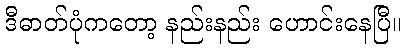
ဒီဓာတ်ပုံကတော့ နည်းနည်း ဟောင်းနေပြီ။